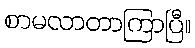
စာမလာတာကြာပြီ။